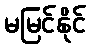
မမြင်နိုင်